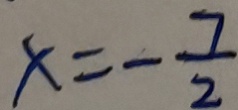
x = - \frac { 7 } { 2 }